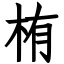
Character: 栯